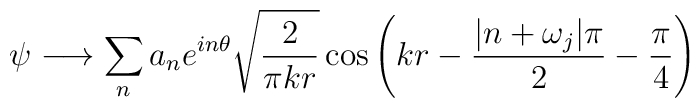
\psi \longrightarrow \sum_n a_n e^{in\theta} \sqrt{\frac{2}{\pi kr}}\cos\left(kr-\frac{|n+\omega_j|\pi}{2}-\frac{\pi}{4}\right)